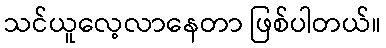
သင်ယူလေ့လာနေတာ ဖြစ်ပါတယ်။